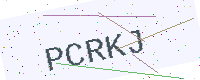
Text: PCRKJ